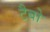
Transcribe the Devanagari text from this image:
टैबो